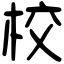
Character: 校